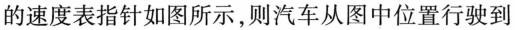
的速度表指针如图所示，则汽车从图中位置行驶到